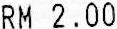
RM 2.00